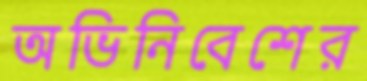
অভিনিবেশের